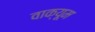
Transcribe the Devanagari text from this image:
वाक्यूम